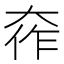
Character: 𫯧